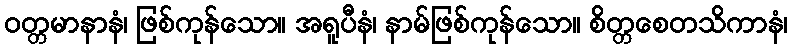
ဝတ္တမာနာနံ၊ ဖြစ်ကုန်သော။ အရူပီနံ၊ နာမ်ဖြစ်ကုန်သော။ စိတ္တစေတသိကာနံ၊